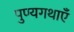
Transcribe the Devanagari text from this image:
पुण्यगथाएँ